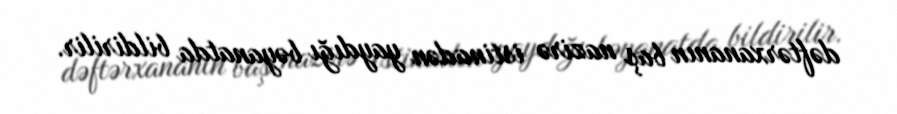
dəftərxananın baş nazirə istinadən yaydığı bəyanatda bildirilir.